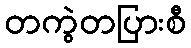
တကွဲတပြားစီ